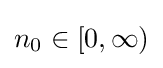
n_{0}\in [0,\infty )